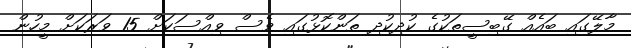
މާލޭގައި ބައެއް ގޭބިސީތަކުގެ ކުދިކުދި ތަންކޮޅުގައި ވެސް ވިއްސަކަށް 15 ވަރަކަށް މީހުން